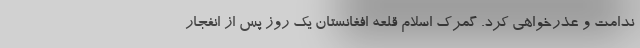
ندامت و عذرخواهی کرد. گمرک اسلام قلعه افغانستان یک روز پس از انفجار